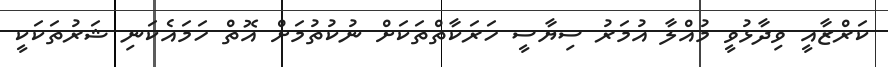
ކަރްޒާއީ ވިދާޅުވީ މުއްލާ އުމަރު ސިޔާސީ ހަރަކާތްތަކަށް ނުކުތުމަށް އޮތް ހަމައެކަނި ޝަރުތަކަކީ